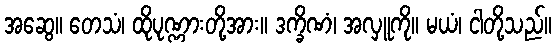
အဆွေ။ တေသံ၊ ထိုပုဏ္ဏားတို့အား။ ဒက္ခိဏံ၊ အလှူကို။ မယံ၊ ငါတို့သည်။